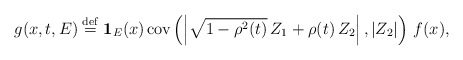
\begin{align*}g(x,t,E)\stackrel{\rm def}{=}{\bf 1}_{E}(x)\,\mbox{{\rm cov}}\left( \left|\sqrt{1-\rho ^{2}(t)}\,Z_{1}+\rho (t)\,Z_{2}\right| ,\left| Z_{2}\right|\right) \,f(x), \end{align*}